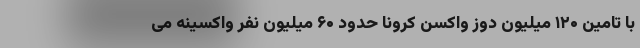
با تامین ۱۲۰ میلیون دوز واکسن کرونا حدود ۶۰ میلیون نفر واکسینه می